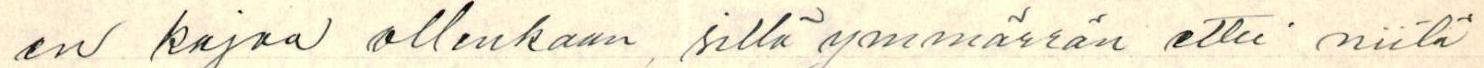
en kirjaa ollenkaan, sillä ymmärrän ettei niitä